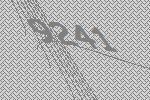
9241